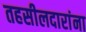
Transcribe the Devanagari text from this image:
तहसीलदारांना